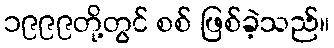
၁၉၉၉တို့တွင် စစ် ဖြစ်ခဲ့သည်။